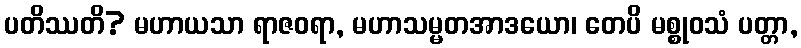
ပတိဿတိ? မဟာယသာ ရာဇဝရာ, မဟာသမ္မတအာဒယော၊ တေပိ မစ္စုဝသံ ပတ္တာ,